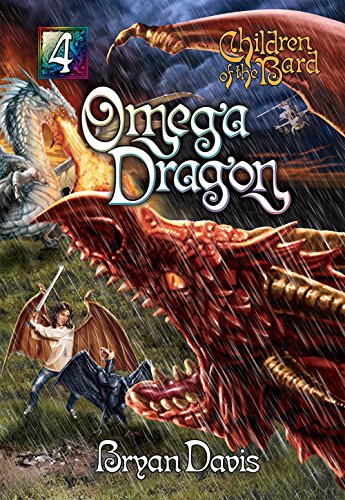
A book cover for Omega Dragon (Children of the Bard); Bryan Davis; Teen & Young Adult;